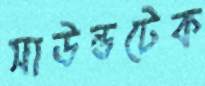
সাউন্ডটেক